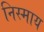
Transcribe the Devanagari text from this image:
निस्माय